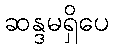
ဆန္ဒမရှိပေ